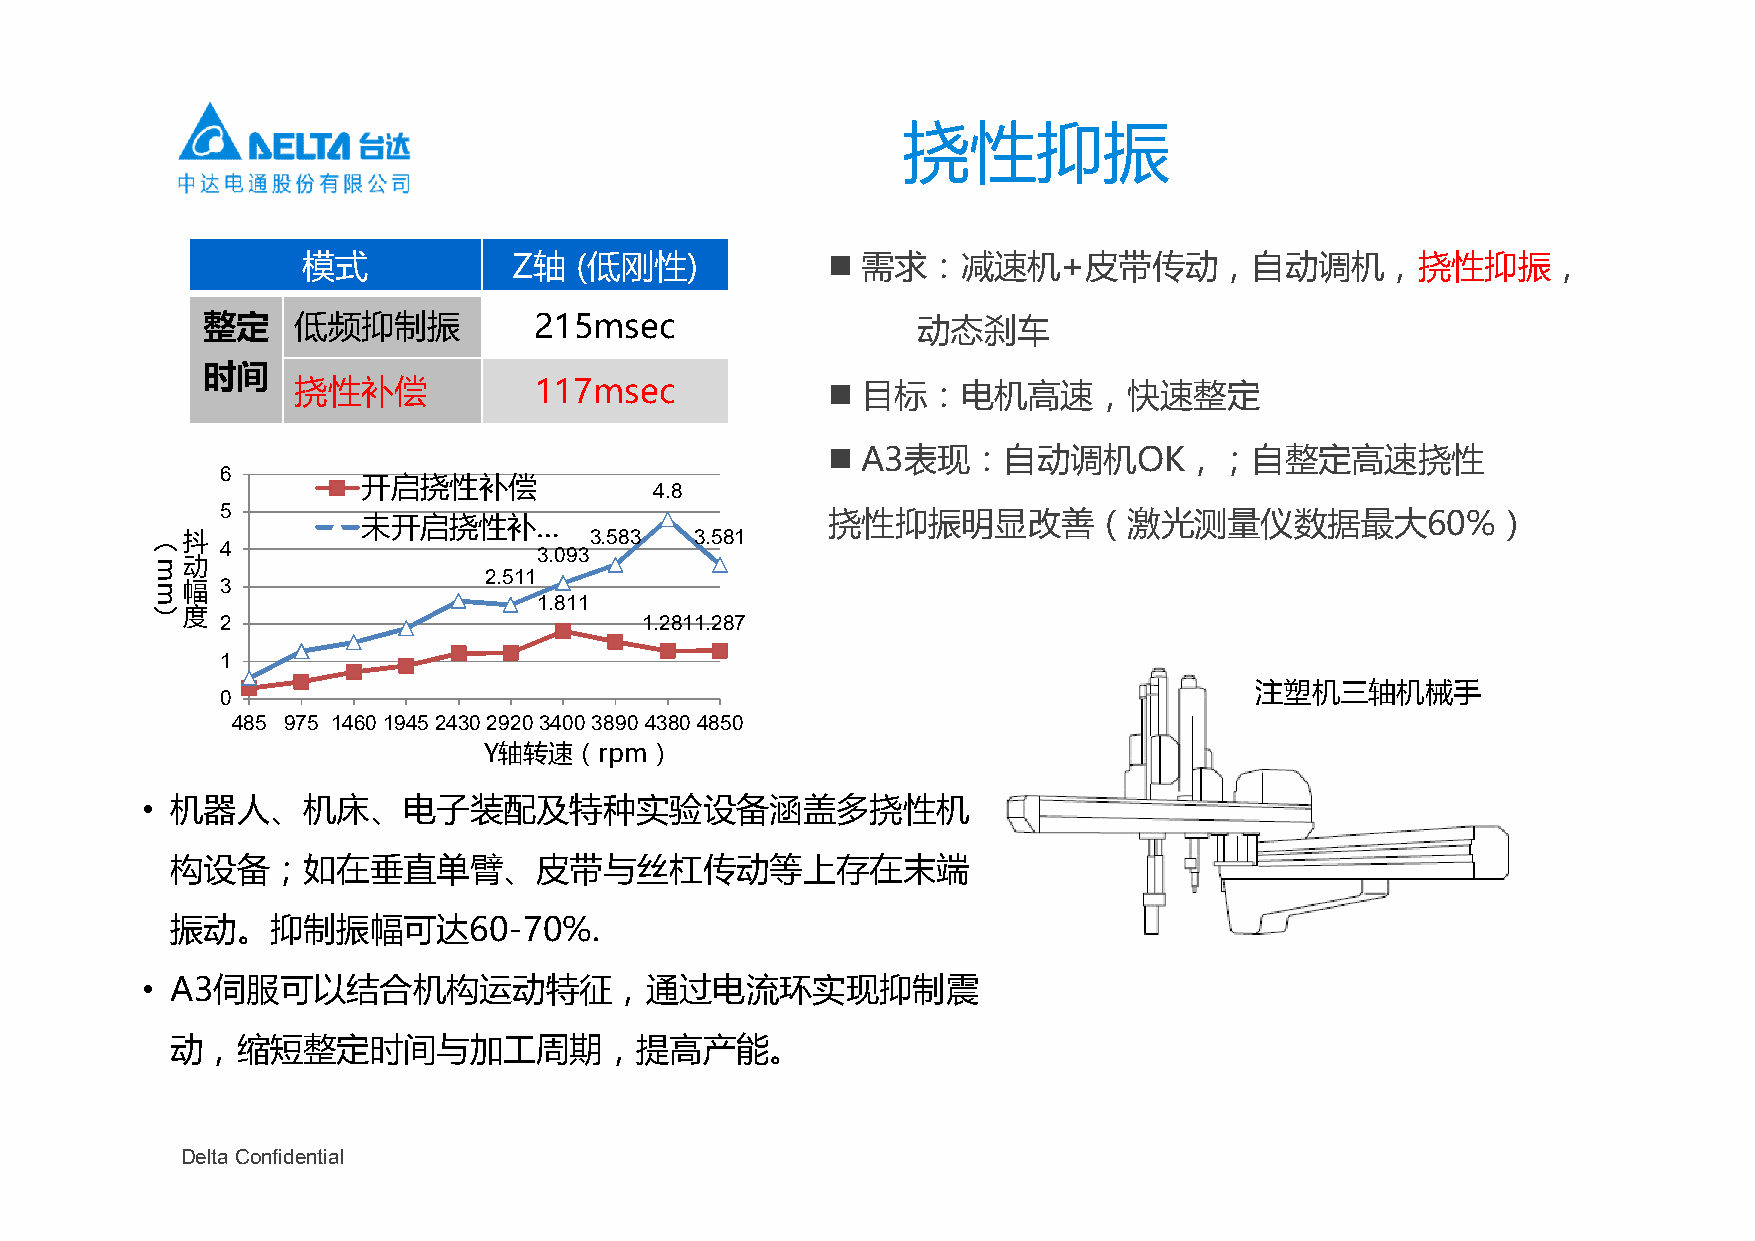
挠性抑振
 模式            Z轴  (低刚性)             需求：减速机+皮带传动，自动调机，挠性抑振，
 整定    低频抑制振           215msec                   动态刹车
 时间
 挠性补偿            117msec              目标：电机高速，快速整定
  A3表现：自动调机OK，；自整定高速挠性
 6
 开启挠性补偿             4.8
 5
 未开启挠性补…                        挠性抑振明显改善（激光测量仪数据最大60%）
 （抖
 4
 3.0933.583 3.581
 动
 2.511
 幅  3
 1.811
 ）度
 2                          1.2811.287
 1
 注塑机三轴机械手
 0
 485 975 14601945243029203400389043804850
 Y轴转速（rpm）
 • 机器人、机床、电子装配及特种实验设备涵盖多挠性机
 构设备；如在垂直单臂、皮带与丝杠传动等上存在末端
 振动。抑制振幅可达60-70%.
 • A3伺服可以结合机构运动特征，通过电流环实现抑制震
 动，缩短整定时间与加工周期，提高产能。
 Delta Confidential
 mm